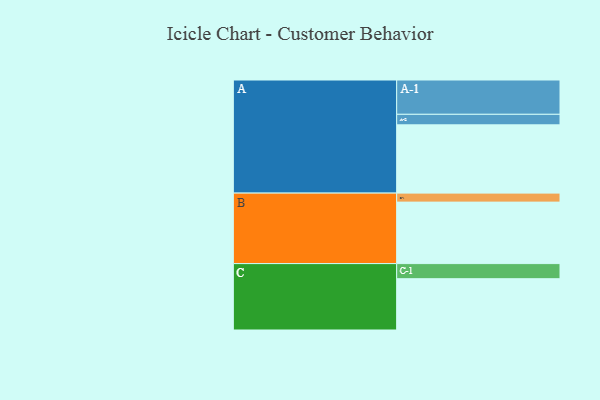
{"axis": {"x": "Segment", "y": "Value"}, "legend": ["", "A", "B", "C"], "data": [{"x": "A", "y": 402, "type": ""}, {"x": "B", "y": 362, "type": ""}, {"x": "C", "y": 302, "type": ""}, {"x": "A-1", "y": 202, "type": "A"}, {"x": "A-2", "y": 62, "type": "A"}, {"x": "B-1", "y": 53, "type": "B"}, {"x": "C-1", "y": 89, "type": "C"}]}